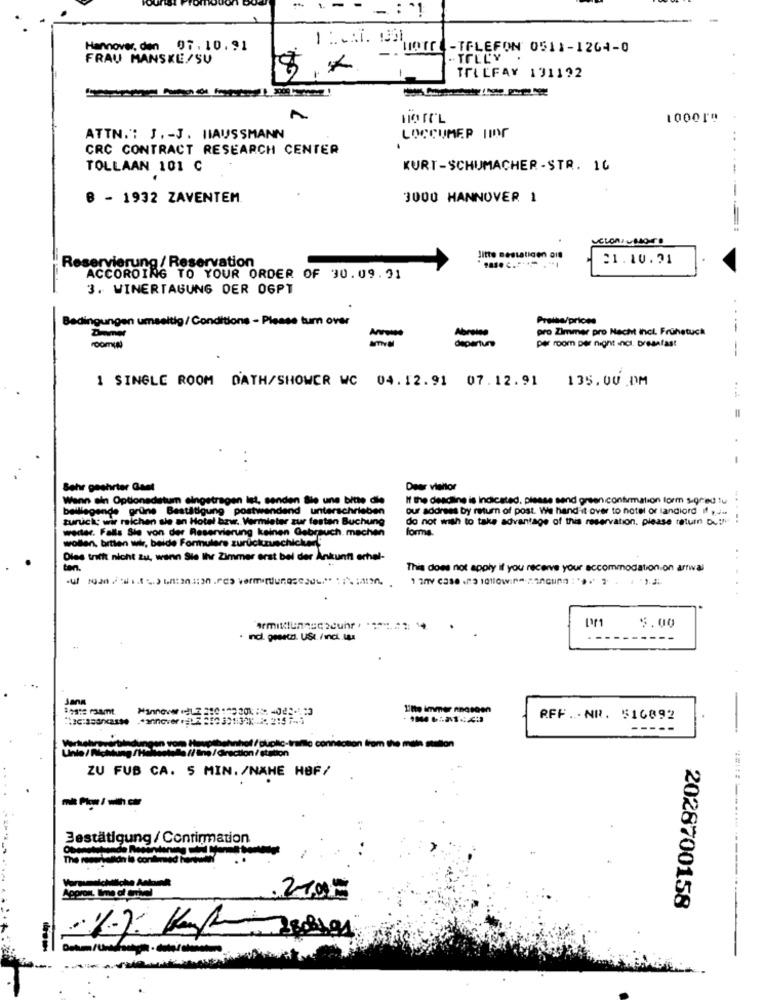
- : "!
-
Hannover, den 07. 10. 91
"HOTEL -TELEFON 0511-1264-0
FRAU MANSKE/SU
.. TILL'Y
TRILFAY 191192
A
HOTEL
10001
ATTN .: J. - J. HAUSSMANN
LOCCUMER IIOG
CRC CONTRACT RESEARCH CENTER
TOLLAAN 101 C
KURT-SCHUMACHER-STR. 10
8 - 1932 ZAVENTEM.
3000 HANNOVER 1
-
Jitte mestaticen dit
21.10.71
Reservierung / Reservation
ACCORDING TO YOUR ORDER OF 30.09.91
3. WINERTAGUNG DER 06PT
Bedingungen umselt
g/ Conditions - Please tum over
Preise/prices
Dame
Abreien
pro Zimmer pro Nacht incl. Frühetuck
--
departure
per room per night incs. bresafast
--
1 SINGLE ROOM DATH/SHOWER WC 04.12.91 07.12.91
135.00 .DM
=
Sehr geehrter Gant
Deer vieltor
Wenn ein Optionsdatum eingetragen ist, senden Sie uns bitte die
If the deadline is indicated, please send green confirmation form sigred tu
...
beiliegende grüne Bestätigung
stildigung postwendend unterschrieben
our address by return of post. We hand it over to hotel or landlord if .....
zuruck; wir reichen sle an Hotel bzw. Vermieter zur festen Buchung
do not wish to take advantage of this reservation, please return Du !!
..
weiter. Falls Sie von der Reservierung keinen Gebrauch. machen
forms.
wollen, bitten wir, belde Formulere zurückzuschicke"
Oles trifft nicht zu, wenn Sie Ihr Zimmer erst bei der Ankunft erhel-
..
This does not apply if you receive your accommodation on arrival
5 3
5.00
. ind. geestzi. USI. /Incl LLA
Jana
110to immer nnosten
RFF .- NR. 516892
-
connection from the main station
Ine/ @rection / station
ZU FUB CA. 5 MIN./NAHE HOF/
-- /-
Bestätigung / Confirmation
======---- ------
2028700158